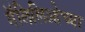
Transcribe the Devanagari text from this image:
गॅलिलिओच्या